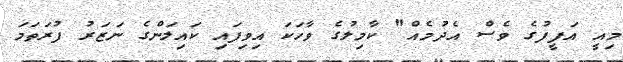
މިއީ އަފީފުގެ ވެސް އެދުމެއް" ކާމިލުގެ ވާހަކަ އިވިފައި ކައިލަންގެ ނަޒަރު ފުރަތަމަ